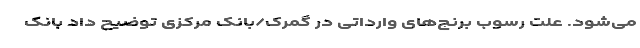
می‌شود. علت رسوب برنج‌های وارداتی در گمرک/بانک مرکزی توضیح داد بانک